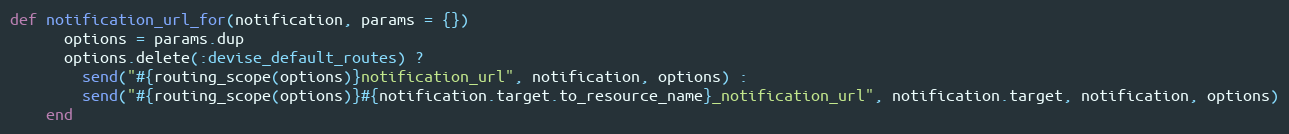
Language: Ruby
def notification_url_for(notification, params = {})
      options = params.dup
      options.delete(:devise_default_routes) ?
        send("#{routing_scope(options)}notification_url", notification, options) :
        send("#{routing_scope(options)}#{notification.target.to_resource_name}_notification_url", notification.target, notification, options)
    end